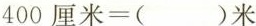
400厘米=()米